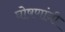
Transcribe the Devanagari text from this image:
घोषणांनी